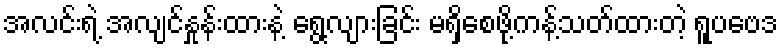
အလင်းရဲ့ အလျင်နှုန်းထားနဲ့ ရွေ့လျားခြင်း မရှိစေဖို့ကန့်သတ်ထားတဲ့ ရူပဗေဒ